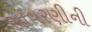
સાવરણીની